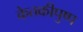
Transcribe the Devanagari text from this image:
केतकीपुष्प